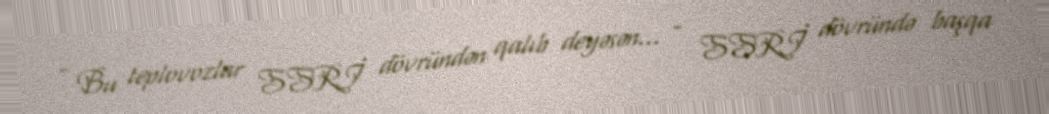
- Bu teplovozlar SSRİ dövründən qalıb deyəsən... - SSRİ dövründə başqa